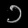
Digit: ၁